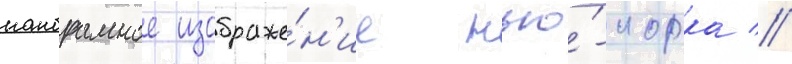
панорамное изображе́н'ие нью́-иорка //